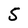
Character: 5